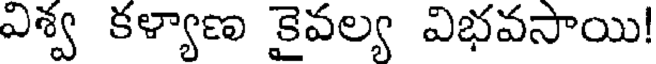
విశ్వ కళ్యాణ కైవల్య విభవసాయి!